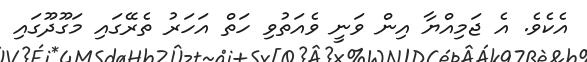
އެކެވެ. އެ ޖަމިއްޔާ އިން ވަނީ ވެއަތުވި ހަތް އަހަރު ތެރޭގައި މަގޫދޫގައި